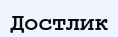
Достлик